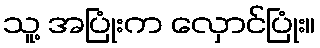
သူ့ အပြုံးက လှောင်ပြုံး။